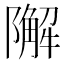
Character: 𨼬